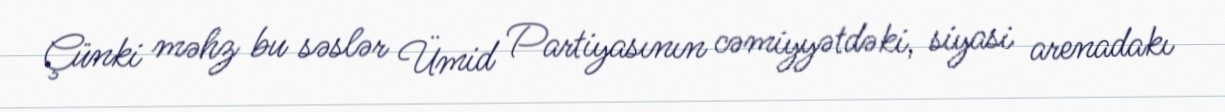
Çünki məhz bu səslər Ümid Partiyasının cəmiyyətdəki, siyasi arenadakı